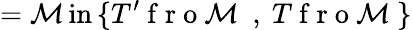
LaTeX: =\operatorname*{\mathcal{M}in}{\{ T^{\prime}\mathrm{{~f~r~o~\mathcal{M}~}}\ ,\ T\mathrm{{~f~r~o~\mathcal{M}~}}\} }